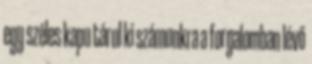
egy széles kapu tárul ki számunkra a forgalomban lévő